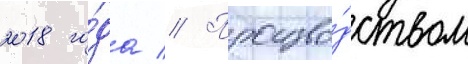
2018 го́да // Произво́дством